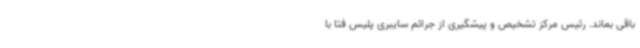
باقی بماند. رئیس مرکز تشخیص و پیشگیری از جرائم سایبری پلیس فتا با